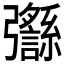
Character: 𢑈